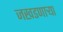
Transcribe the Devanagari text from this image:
जखडणाऱ्या